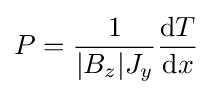
P={\frac {1}{|B_{z}|J_{y}}}{\frac {\mathrm {d} T}{\mathrm {d} x}}